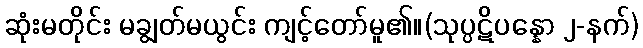
ဆုံးမတိုင်း မချွတ်မယွင်း ကျင့်တော်မူ၏။(သုပ္ပဋိပန္နော ၂-နက်)